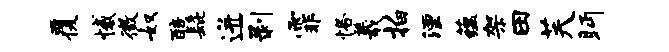
覆憾徵奴醅髭迸剥霏恪羲拍湮蕴架田芙眄